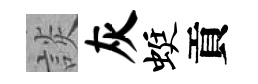
談灰蜓貢